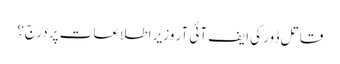
قاتل ڈور کی ایف آئی آر وزیر اطلاعات پر درج؟